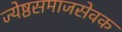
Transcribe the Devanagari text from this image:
ज्येष्ठसमाजसेवक